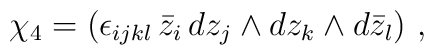
\chi_4 = (\epsilon_{ijkl} \, \bar{z}_i \, dz_j \wedge dz_k \wedge d\bar{z}_l) \ ,